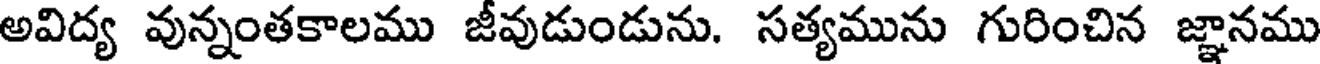
అవిద్య వున్నంతకాలము జీవుడుండును. సత్యమును గురించిన జ్ఞానము